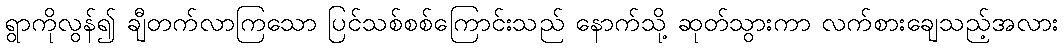
ရွာကိုလွန်၍ ချီတက်လာကြသော ပြင်သစ်စစ်ကြောင်းသည် နောက်သို့ ဆုတ်သွားကာ လက်စားချေသည့်အလား